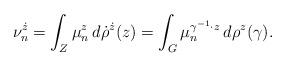
LaTeX: \begin{align*} \nu_{n}^{\dot z} = \int_{Z}\mu_{n}^{z}\,d\dot\rho^{\dot z}(z)=\int_{G} \mu_{n}^{\gamma^{-1}\cdot z}\,d\rho^{z}(\gamma). \end{align*}